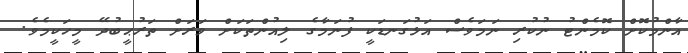
އާންމުކޮށް ކޮމެންޓު ނުކުރި ނަމަވެސް އަޅުގަނޑަކީ ފުނަމާގެ ލިއުންތަކަށް ވަރަށް ތަރުޙީބުދޭ މީހަކީމެވެ.